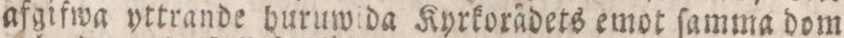
afgifwa yttrande buruwida Kyrkorädets emot ſamma dom